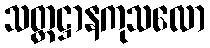
သတ္တဋ္ဌာနကုသလော